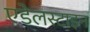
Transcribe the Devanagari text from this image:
एडेलस्टाइन